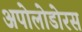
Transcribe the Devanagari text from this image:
अपोलोडोरस